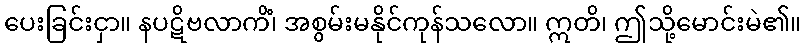
ပေးခြင်းငှာ။ နပဋိဗလာကိံ၊ အစွမ်းမနိုင်ကုန်သလော။ ဣတိ၊ ဤသို့မောင်းမဲ၏။